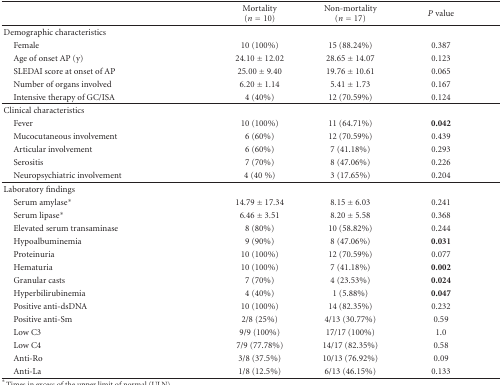
<table><thead><tr><td>[EMPTY_CELL]</td><td><b>Mortality (<i>n</i> = 10)</b></td><td><b>Non-mortality (<i>n</i> = 17)</b></td><td><b><i>P</i> value</b></td></tr></thead><tbody><tr><td>Demographic characteristics</td><td>[EMPTY_CELL]</td><td>[EMPTY_CELL]</td><td>[EMPTY_CELL]</td></tr><tr><td> Female</td><td>10 (100%)</td><td>15 (88.24%)</td><td>0.387</td></tr><tr><td> Age of onset AP (y)</td><td>24.10 ± 12.02</td><td>28.65 ± 14.07</td><td>0.123</td></tr><tr><td> SLEDAI score at onset of AP</td><td>25.00 ± 9.40</td><td>19.76 ± 10.61</td><td>0.065</td></tr><tr><td> Number of organs involved</td><td>6.20 ± 1.14</td><td>5.41 ± 1.73</td><td>0.167</td></tr><tr><td> Intensive therapy of GC/ISA</td><td>4 (40%)</td><td>12 (70.59%)</td><td>0.124</td></tr><tr><td>Clinical characteristics</td><td>[EMPTY_CELL]</td><td>[EMPTY_CELL]</td><td>[EMPTY_CELL]</td></tr><tr><td> Fever</td><td>10 (100%)</td><td>11 (64.71%)</td><td><b>0.042</b></td></tr><tr><td> Mucocutaneous involvement</td><td>6 (60%)</td><td>12 (70.59%)</td><td>0.439</td></tr><tr><td> Articular involvement</td><td>6 (60%)</td><td>7 (41.18%)</td><td>0.293</td></tr><tr><td> Serositis</td><td>7 (70%)</td><td>8 (47.06%)</td><td>0.226</td></tr><tr><td> Neuropsychiatric involvement</td><td>4 (40 %)</td><td>3 (17.65%)</td><td>0.204</td></tr><tr><td>Laboratory findings</td><td>[EMPTY_CELL]</td><td>[EMPTY_CELL]</td><td>[EMPTY_CELL]</td></tr><tr><td> Serum amylase<sup>∗</sup></td><td>14.79 ± 17.34</td><td>8.15 ± 6.03</td><td>0.241</td></tr><tr><td> Serum lipase<sup>∗</sup></td><td>6.46 ± 3.51</td><td>8.20 ± 5.58</td><td>0.368</td></tr><tr><td> Elevated serum transaminase</td><td>8 (80%)</td><td>10 (58.82%)</td><td>0.244</td></tr><tr><td> Hypoalbuminemia</td><td>9 (90%)</td><td>8 (47.06%)</td><td><b>0.031</b></td></tr><tr><td> Proteinuria</td><td>10 (100%)</td><td>12 (70.59%)</td><td>0.077</td></tr><tr><td> Hematuria</td><td>10 (100%)</td><td>7 (41.18%)</td><td><b>0.002</b></td></tr><tr><td> Granular casts</td><td>7 (70%)</td><td>4 (23.53%)</td><td><b>0.024</b></td></tr><tr><td> Hyperbilirubinemia</td><td>4 (40%)</td><td>1 (5.88%)</td><td><b>0.047</b></td></tr><tr><td> Positive anti-dsDNA</td><td>10 (100%)</td><td>14 (82.35%)</td><td>0.232</td></tr><tr><td> Positive anti-Sm</td><td>2/8 (25%)</td><td>4/13 (30.77%)</td><td>0.59</td></tr><tr><td> Low C3</td><td>9/9 (100%)</td><td>17/17 (100%)</td><td>1.0</td></tr><tr><td> Low C4</td><td>7/9 (77.78%)</td><td>14/17 (82.35%)</td><td>0.58</td></tr><tr><td> Anti-Ro</td><td>3/8 (37.5%)</td><td>10/13 (76.92%)</td><td>0.09</td></tr><tr><td> Anti-La</td><td>1/8 (12.5%)</td><td>6/13 (46.15%)</td><td>0.133</td></tr></tbody></table>